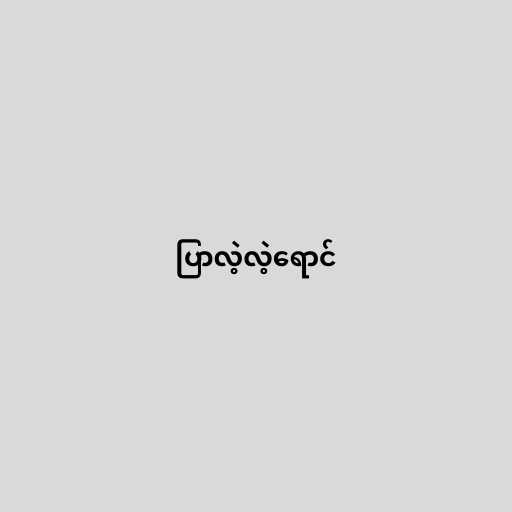
ပြာလဲ့လဲ့ရောင်